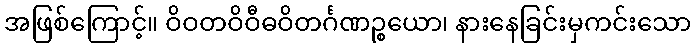
အဖြစ်ကြောင့်။ ဝိဝတဝိဝီဓဝိတင်္ဂဏဉ္စယော၊ နားနေခြင်းမှကင်းသော